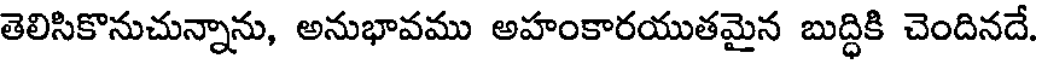
తెలిసికొనుచున్నాను, అనుభావము అహంకారయుతమైన బుద్ధికి చెందినదే